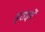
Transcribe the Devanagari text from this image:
ड्राइवें